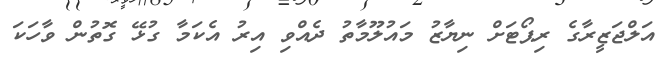
އަލްޖަޒީރާގެ ރިޕޯޓަށް ނިޔާޒު މައުލޫމާތު ދެއްވި އިރު އެކަމާ ގުޅޭ ގޮތުން ވާހަކަ